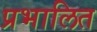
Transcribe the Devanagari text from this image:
प्रभालित